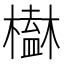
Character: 𣝒